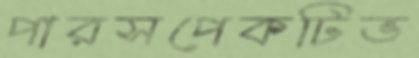
পারসপেকটিভ